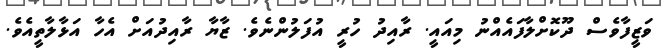
ވަޒީފާވެސް ދޫކޮށްލާފައެއްނު މިއައީ. ރާއިދު ހުރީ އުފަލުންނެވެ. ޒާޔާ ރާއިދުއަށް އެހާ އަޅާލާތީއެވެ.